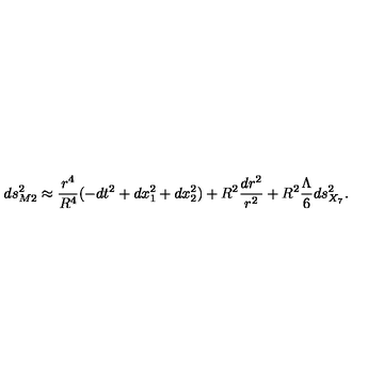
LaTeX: d s _ { M 2 } ^ { 2 } \approx { \frac { r ^ { 4 } } { R ^ { 4 } } } ( - d t ^ { 2 } + d x _ { 1 } ^ { 2 } + d x _ { 2 } ^ { 2 } ) + R ^ { 2 } \frac { d r ^ { 2 } } { r ^ { 2 } } + R ^ { 2 } \frac { \Lambda } { 6 } d s _ { X _ { 7 } } ^ { 2 } .